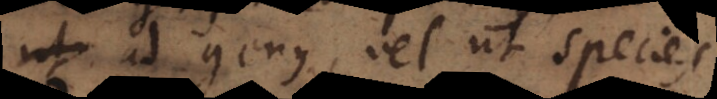
quae hactenus diximus, video enim